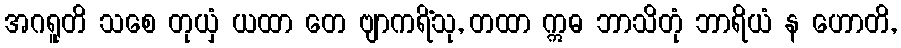
အဂရူတိ သစေ တုယှံ ယထာ တေ ဗျာကရိံသု, တထာ ဣဓ ဘာသိတုံ ဘာရိယံ န ဟောတိ,